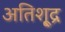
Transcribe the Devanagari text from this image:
अतिशू्द्र